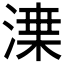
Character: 𱧌